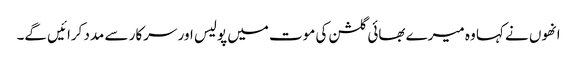
انھوں نے کہا وہ میرے بھائی گلشن کی موت میں پولیس اور سرکار سے مدد کرائیں گے۔